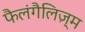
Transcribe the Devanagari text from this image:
फैलंगैलिज़्म